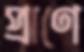
প্রাণে